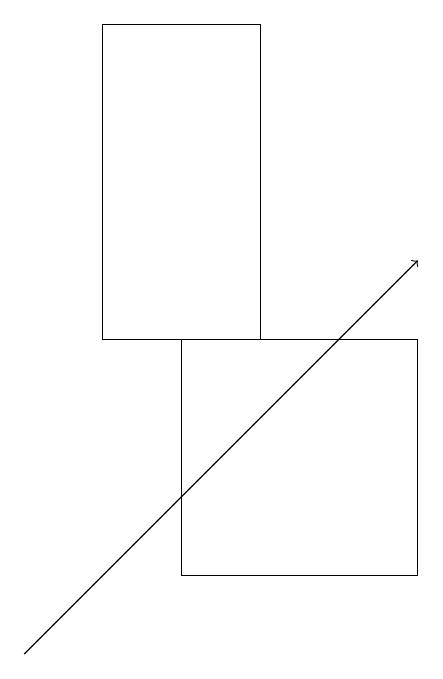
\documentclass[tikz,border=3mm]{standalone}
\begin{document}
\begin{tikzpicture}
\draw (2,19) rectangle (4,15);
\draw (6,12) rectangle (3,15);
\draw[->] (1,11) -- (6,16);
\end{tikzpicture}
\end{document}